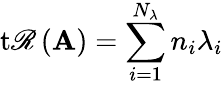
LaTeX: \operatorname{t\mathscr{R}}\left(\mathbf{{A}}\right)=\sum_{i=1}^{N_{\lambda}}{{n_{i}}\lambda_{i}}